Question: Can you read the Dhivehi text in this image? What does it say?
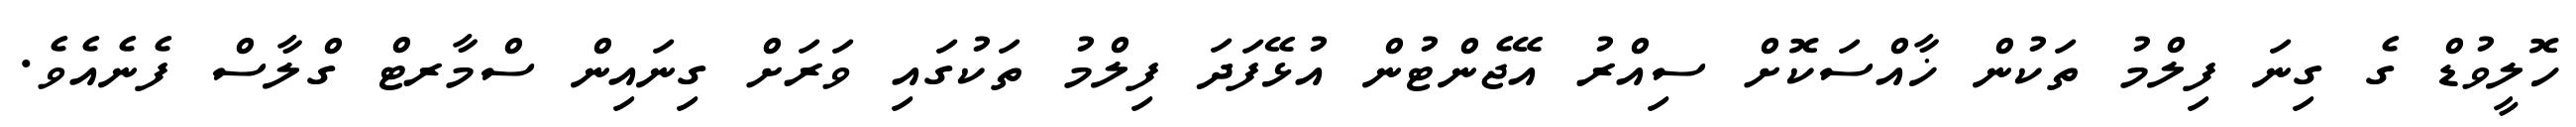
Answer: ހޮލީވުޑް ގެ ގިނަ ފިލްމު ތަކުން ޚާއްސަކޮށް ސިއްރު އޭޖެންޓުން އުޅޭފަދަ ފިލްމު ތަކުގައި ވަރަށް ގިނައިން ސްމާރޓް ގްލާސް ފެނެއެވެ.